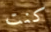
كنت